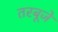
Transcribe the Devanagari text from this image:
तरबूजे